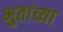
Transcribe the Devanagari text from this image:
भुतांच्या